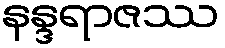
နန္ဒရာဇဿ